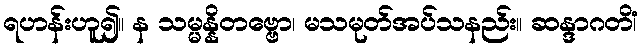
ရဟန်းဟူ၍။ န သမ္မန္နိတဗ္ဗော၊ မသမုတ်အပ်သနည်း။ ဆန္ဒာဂတိံ၊